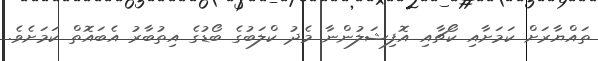
ތައްޔާރަށް ކަމަށާއި ކޯޗާއި އޮފިޝަލުންނާ މެދު ކްލަބުގެ ބޯޑުގެ އިތުބާރު އެބައޮތް ކަމަށެވެ.